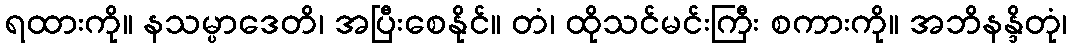
ရထားကို။ နသမ္ပာဒေတိ၊ အပြီးစေနိုင်။ တံ၊ ထိုသင်မင်းကြီး စကားကို။ အဘိနန္ဒိတုံ၊